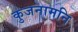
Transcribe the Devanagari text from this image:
कुजनामनि